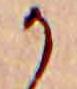
か